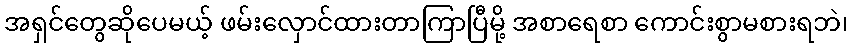
အရှင်တွေဆိုပေမယ့် ဖမ်းလှောင်ထားတာကြာပြီမို့ အစာရေစာ ကောင်းစွာမစားရဘဲ၊